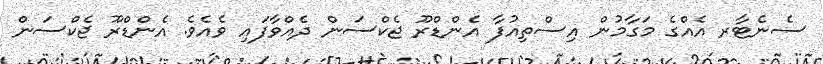
ސެނެޓާރ އެއްގެ މަގާމުން އިސްތިއުފާ އެންޑްރޫ ޖެކްސަން ދެއްވާފައި ވެއެވެ. އެންޑްރޫ ޖެކްސަން